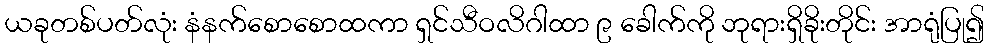
ယခုတစ်ပတ်လုံး နံနက်စောစောထကာ ရှင်သီဝလိဂါထာ ၉ ခေါက်ကို ဘုရားရှိခိုးတိုင်း အာရုံပြု၍